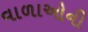
વાળાઓની